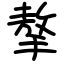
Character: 摮